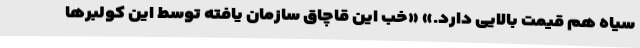
سیاه هم قیمت بالایی دارد.» «خب این قاچاق سازمان یافته توسط این کولبرها